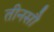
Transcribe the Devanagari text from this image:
तीनसौ